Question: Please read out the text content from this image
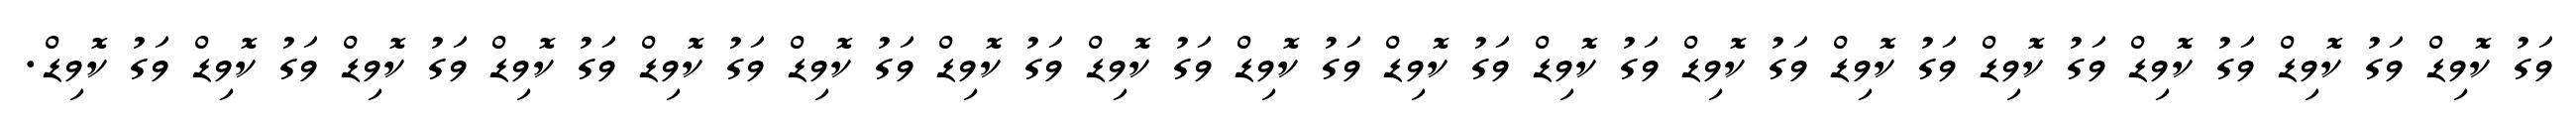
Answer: ވަގު ކޮވިޑް ވަގު ކޮވިޑް ވަގު ކޮވިޑް ވަގު ކޮވިޑް ވަގު ކޮވިޑް ވަގު ކޮވިޑް ވަގު ކޮވިޑް ވަގު ކޮވިޑް ވަގު ކޮވިޑް ވަގު ކޮވިޑް ވަގު ކޮވިޑް ވަގު ކޮވިޑް ވަގު ކޮވިޑް ވަގު ކޮވިޑް ވަގު ކޮވިޑް ވަގު ކޮވިޑް ވަގު ކޮވިޑް.